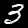
Label: 3